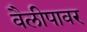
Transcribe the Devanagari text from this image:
वैलीपावर